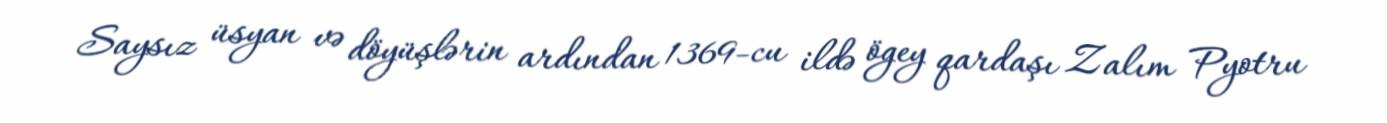
Saysız üsyan və döyüşlərin ardından 1369-cu ildə ögey qardaşı Zalım Pyotru